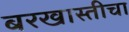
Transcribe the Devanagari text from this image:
बरखास्तीचा